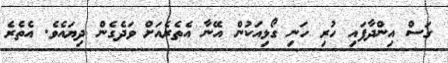
ގަސް އިންދާފައި ހުރި ހަނި ގޯޅިއަކުން އޭނާ އެތެރެއަށް ވަދެގެން ދިޔައެވެ. އެތެރެ